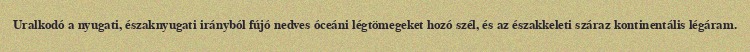
Uralkodó a nyugati, északnyugati irányból fújó nedves óceáni légtömegeket hozó szél, és az északkeleti száraz kontinentális légáram.